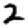
Digit: 2